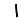
Digit: 1